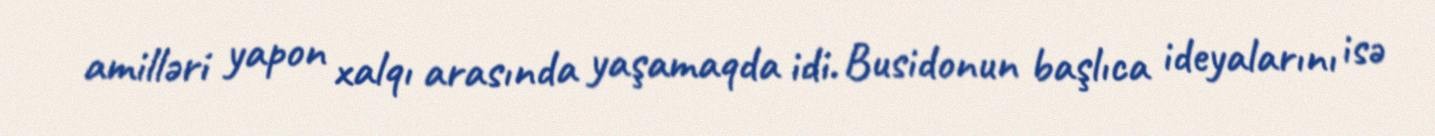
amilləri yapon xalqı arasında yaşamaqda idi. Busidonun başlıca ideyalarını isə